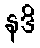
နဒိ